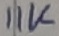
Text: 11K